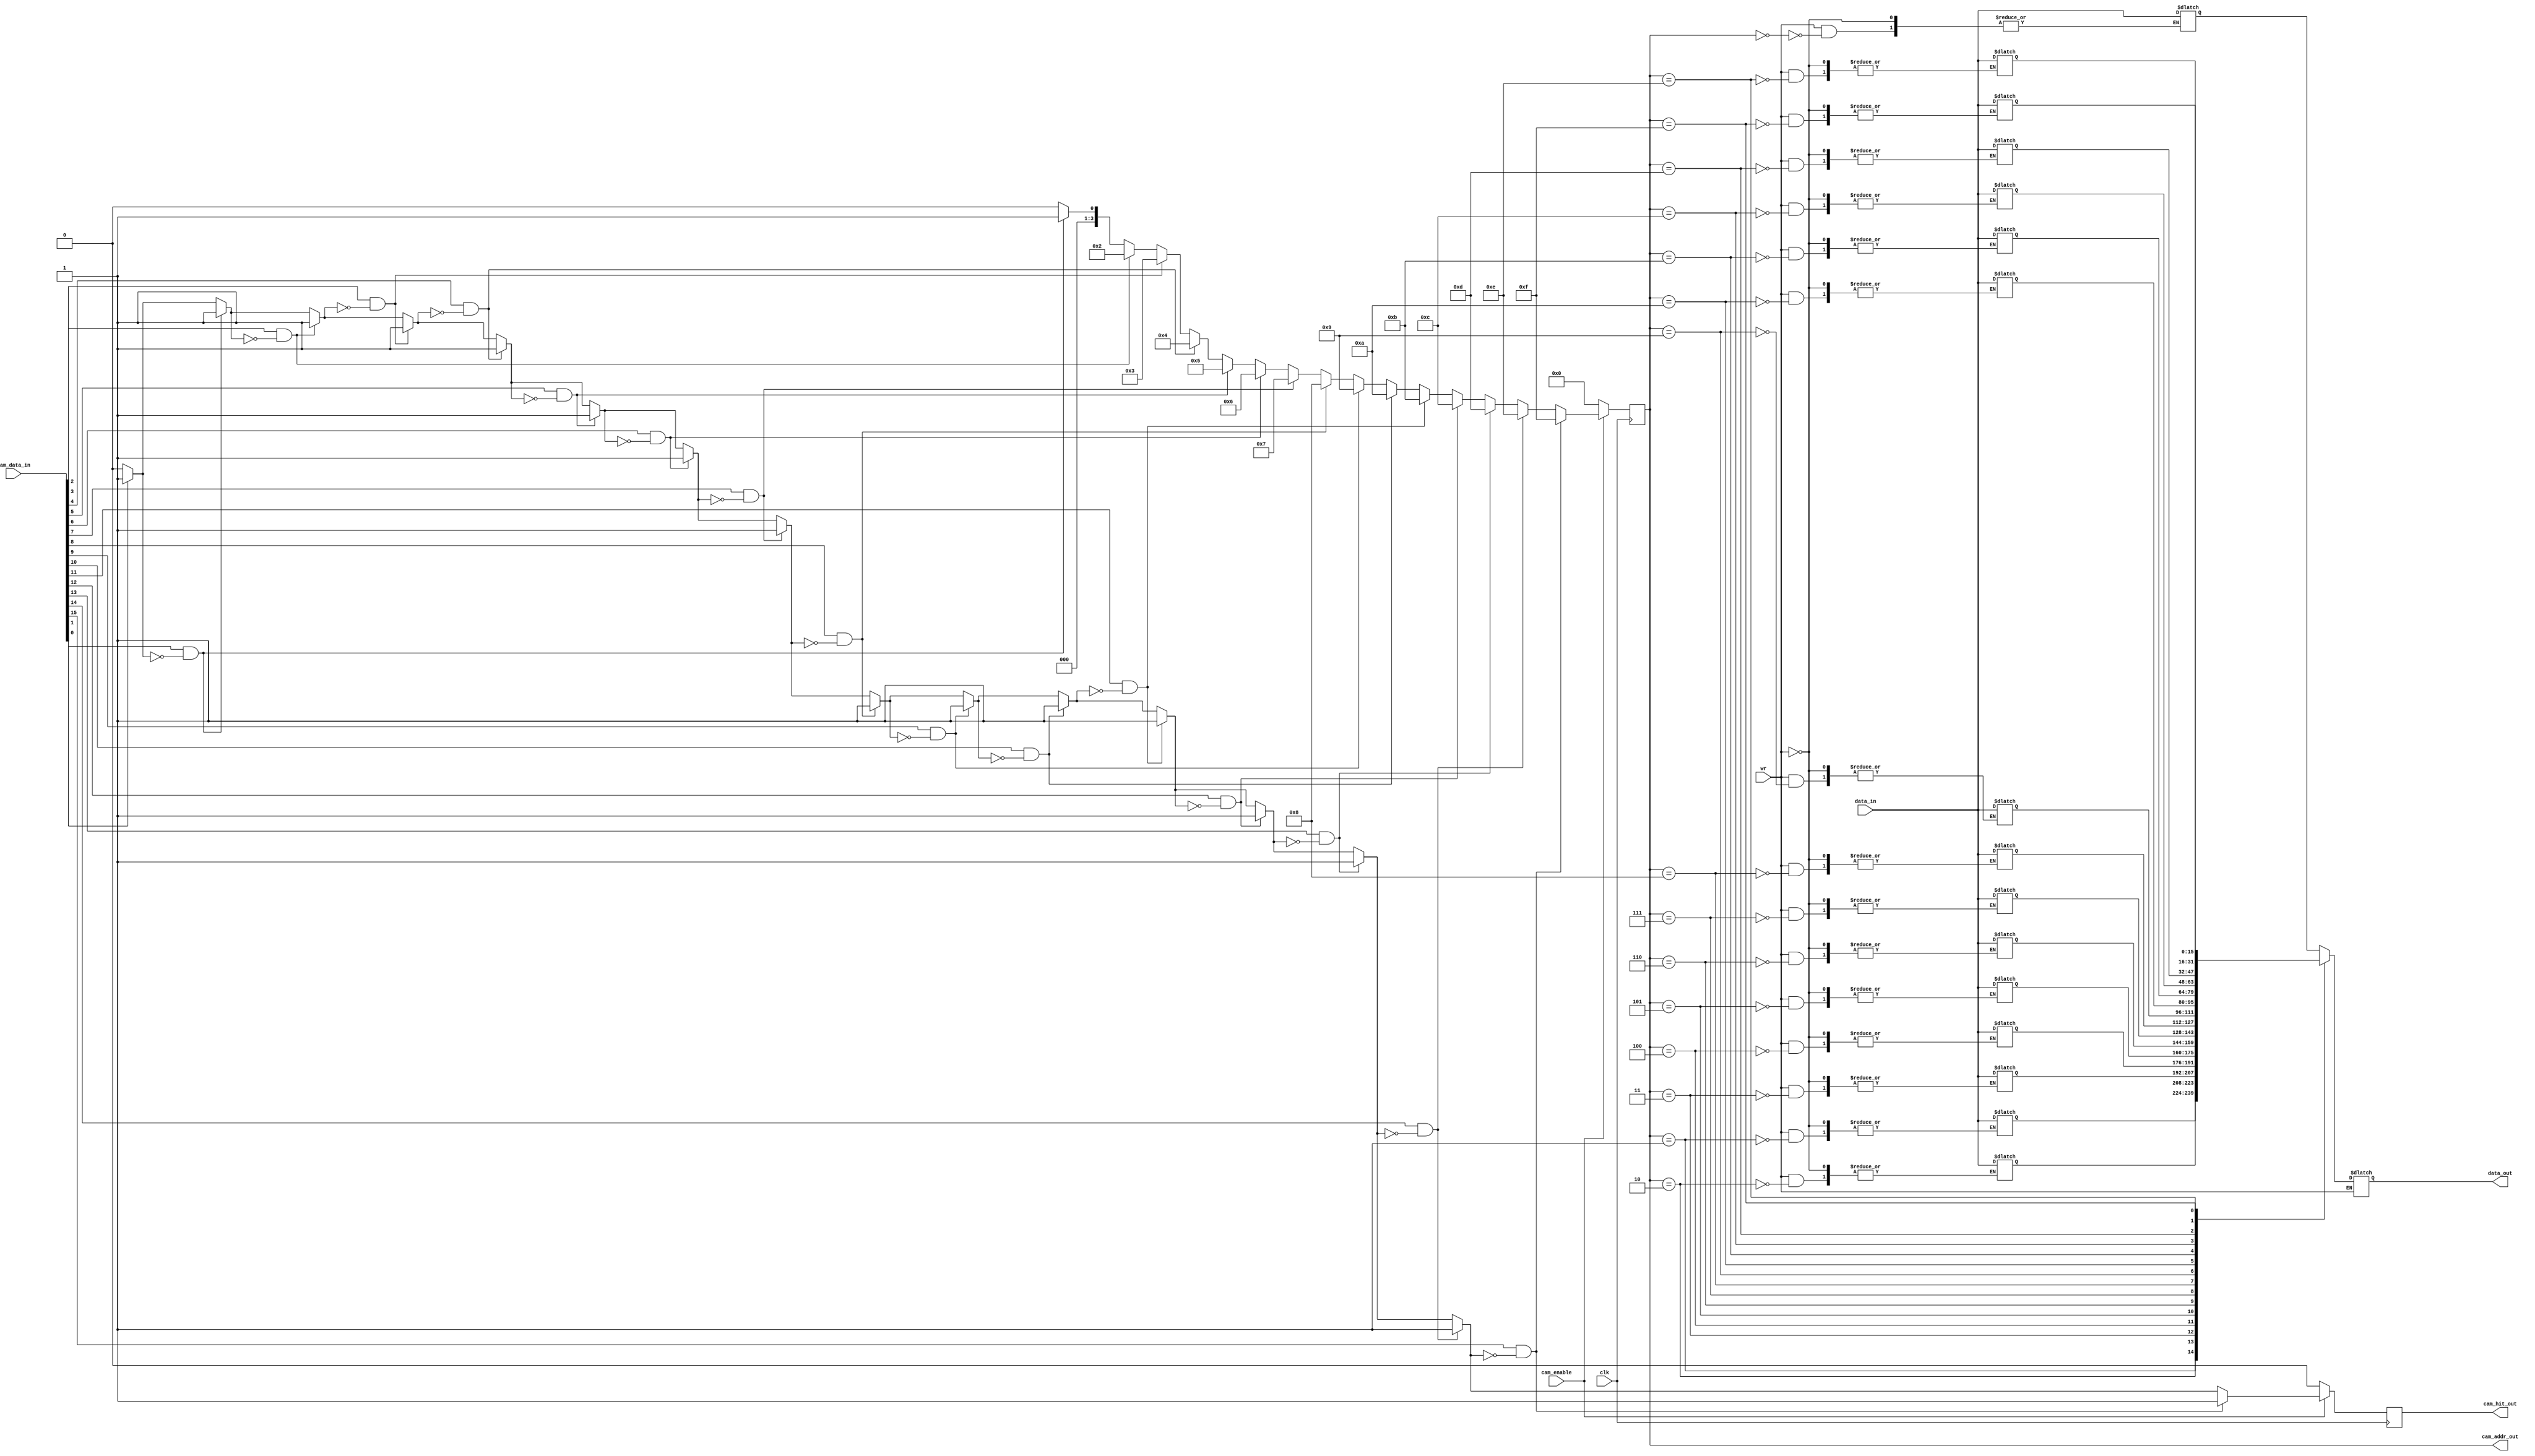
module Cam(
clk         , 
cam_enable  , 
cam_data_in , 
cam_hit_out , 
cam_addr_out ,
wr,data_in,
data_out
    );

parameter ADDR_WIDTH  = 4;
 parameter DEPTH       = 1 << ADDR_WIDTH;
 input                    clk;      
 input                    cam_enable; 
 input [DEPTH-1:0] data_in;
 input wr; 
 input  [DEPTH-1:0]       cam_data_in;  
 output                   cam_hit_out;  
 output [ADDR_WIDTH-1:0]  cam_addr_out; 
 output reg [DEPTH-1:0] data_out; 
 reg [ADDR_WIDTH-1:0]  cam_addr_out;
 reg                   cam_hit_out;
 reg [ADDR_WIDTH-1:0]  cam_addr_combo;
 reg                   cam_hit_combo;
 reg                   found_match;
 integer               i;
 
 reg [DEPTH-1:0]mem[0:15];
 
 always @(cam_data_in) 
 begin
    cam_addr_combo   = {ADDR_WIDTH{1'b0}};
    found_match      = 1'b0;
    cam_hit_combo    = 1'b0;
    for (i=0; i<DEPTH; i=i+1) 
	 begin
      if (cam_data_in[i] &&  ! found_match) 
		begin
        found_match     = 1'b1;
        cam_hit_combo   = 1'b1;
        cam_addr_combo  = i;
      end 
		else 
		begin
        found_match     = found_match;
        cam_hit_combo   = cam_hit_combo;
        cam_addr_combo  = cam_addr_combo;
      end
   end
  end
  
  always @(posedge clk) begin
    if (cam_enable) begin
      cam_hit_out  <=  cam_hit_combo;
      cam_addr_out <=  cam_addr_combo;
    end else begin
      cam_hit_out  <=  1'b0;
      cam_addr_out <=  {ADDR_WIDTH{1'b0}};
    end
  end
 
 always @(*)
 begin
 if(wr)
 mem[cam_addr_out] <= data_in;
 else
 data_out <= mem[cam_addr_out];
 end
 
endmodule